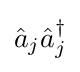
{\hat {a}}_{j}{\hat {a}}_{j}^{\dagger }